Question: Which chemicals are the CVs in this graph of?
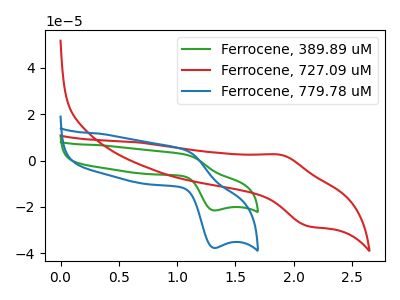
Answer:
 <answer>The green curve is labeled "Ferrocene, 389.89 uM". The red curve is labeled "Ferrocene, 727.09 uM". The blue curve is labeled "Ferrocene, 779.78 uM".</answer>
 <eval></eval>